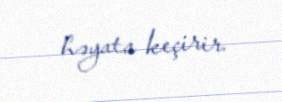
həyata keçirir.